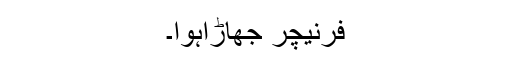
فرنیچر جھاڑاہوا۔